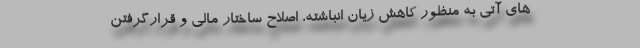
های آتی به منظور کاهش زیان انباشته، اصلاح ساختار مالی و قرارگرفتن